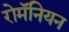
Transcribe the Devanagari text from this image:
रोमॅनियन